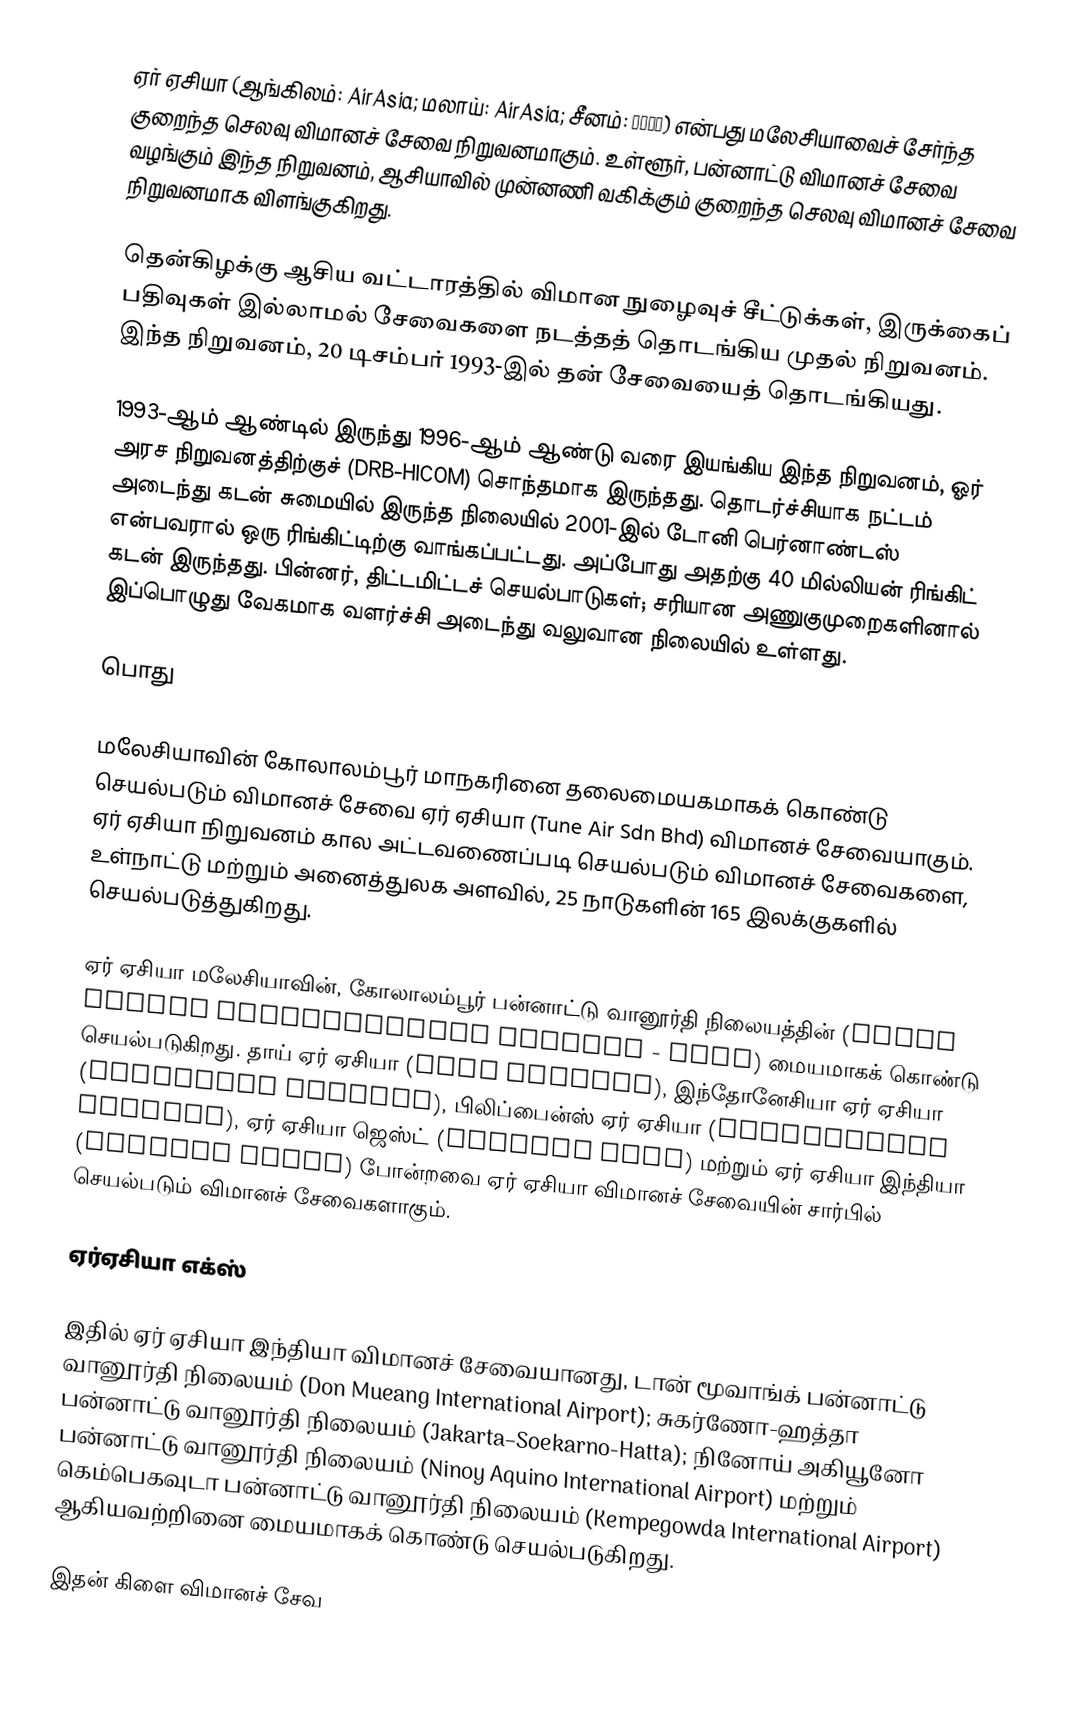
ஏர் ஏசியா (ஆங்கிலம்: AirAsia; மலாய்: AirAsia; சீனம்: 亞洲航空) என்பது மலேசியாவைச் சேர்ந்த குறைந்த செலவு விமானச் சேவை நிறுவனமாகும். உள்ளூர், பன்னாட்டு விமானச் சேவை வழங்கும் இந்த நிறுவனம், ஆசியாவில் முன்னணி வகிக்கும் குறைந்த செலவு விமானச் சேவை நிறுவனமாக விளங்குகிறது.

தென்கிழக்கு ஆசிய வட்டாரத்தில் விமான நுழைவுச் சீட்டுக்கள், இருக்கைப் பதிவுகள் இல்லாமல் சேவைகளை நடத்தத் தொடங்கிய முதல் நிறுவனம். இந்த நிறுவனம், 20 டிசம்பர் 1993-இல் தன் சேவையைத் தொடங்கியது.

1993-ஆம் ஆண்டில் இருந்து 1996-ஆம் ஆண்டு வரை இயங்கிய இந்த நிறுவனம், ஓர் அரச நிறுவனத்திற்குச் (DRB-HICOM) சொந்தமாக இருந்தது. தொடர்ச்சியாக நட்டம் அடைந்து கடன் சுமையில் இருந்த நிலையில் 2001-இல் டோனி பெர்னாண்டஸ் என்பவரால் ஒரு ரிங்கிட்டிற்கு வாங்கப்பட்டது. அப்போது அதற்கு 40 மில்லியன் ரிங்கிட் கடன் இருந்தது. பின்னர், திட்டமிட்டச் செயல்பாடுகள்; சரியான அணுகுமுறைகளினால் இப்பொழுது வேகமாக வளர்ச்சி அடைந்து வலுவான நிலையில் உள்ளது.

பொது

மலேசியாவின் கோலாலம்பூர் மாநகரினை தலைமையகமாகக் கொண்டு செயல்படும் விமானச் சேவை ஏர் ஏசியா (Tune Air Sdn Bhd) விமானச் சேவையாகும். ஏர் ஏசியா நிறுவனம் கால அட்டவணைப்படி செயல்படும் விமானச் சேவைகளை, உள்நாட்டு மற்றும் அனைத்துலக அளவில், 25 நாடுகளின் 165 இலக்குகளில் செயல்படுத்துகிறது.

ஏர் ஏசியா மலேசியாவின், கோலாலம்பூர் பன்னாட்டு வானூர்தி நிலையத்தின் (Kuala Lumpur International Airport - KLIA) மையமாகக் கொண்டு செயல்படுகிறது. தாய் ஏர் ஏசியா (Thai AirAsia), இந்தோனேசியா ஏர் ஏசியா (Indonesia AirAsia), பிலிப்பைன்ஸ் ஏர் ஏசியா (Philippines AirAsia), ஏர் ஏசியா ஜெஸ்ட் (AirAsia Zest) மற்றும் ஏர் ஏசியா இந்தியா (AirAsia India) போன்றவை ஏர் ஏசியா விமானச் சேவையின் சார்பில் செயல்படும் விமானச் சேவைகளாகும்.

ஏர்ஏசியா எக்ஸ்

இதில் ஏர் ஏசியா இந்தியா விமானச் சேவையானது, டான் மூவாங்க் பன்னாட்டு வானூர்தி நிலையம் (Don Mueang International Airport); சுகர்ணோ-ஹத்தா பன்னாட்டு வானூர்தி நிலையம் (Jakarta–Soekarno-Hatta); நினோய் அகியூனோ பன்னாட்டு வானூர்தி நிலையம் (Ninoy Aquino International Airport) மற்றும் கெம்பெகவுடா பன்னாட்டு வானூர்தி நிலையம் (Kempegowda International Airport) ஆகியவற்றினை மையமாகக் கொண்டு செயல்படுகிறது.

இதன் கிளை விமானச் சேவ